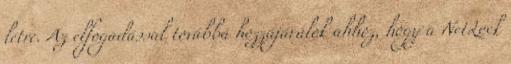
létre. Az elfogadással továbbá hozzájárulok ahhoz, hogy a NetLock